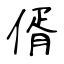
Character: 偦